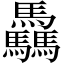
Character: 驫